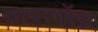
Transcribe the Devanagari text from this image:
फायरवॉल्स